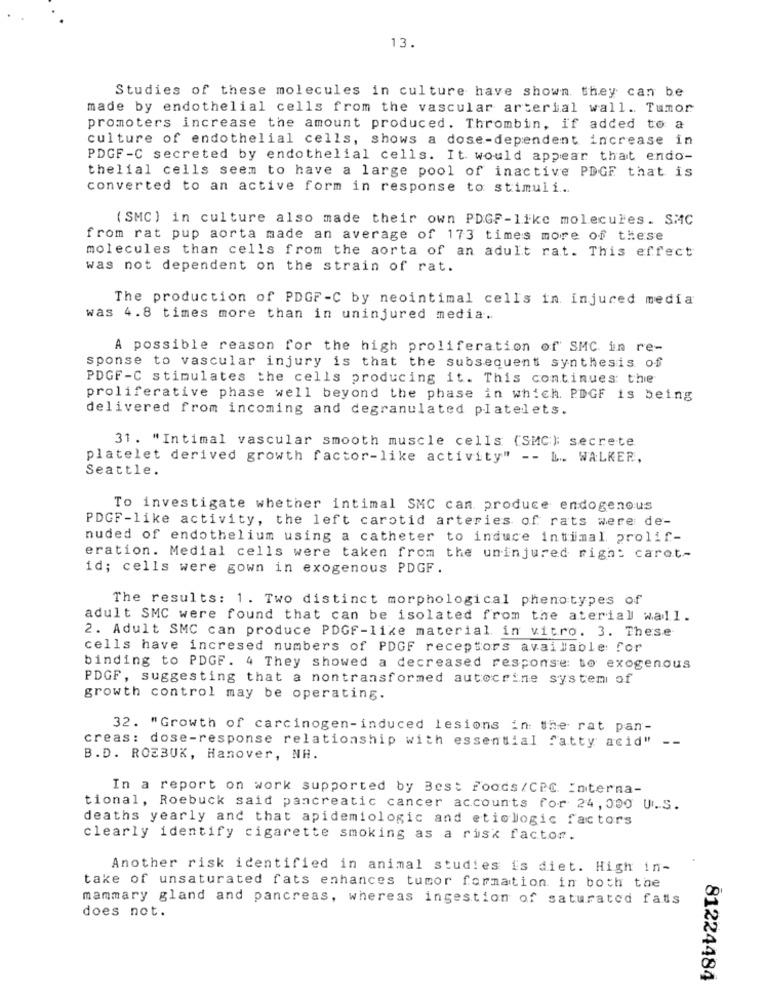
13.
Studies of these molecules in culture have shown they can be
made by endothelial cells from the vascular arterial wall. Tumor
promoters increase the amount produced. Thrombin, if added to a
culture of endothelial cells, shows a dose-dependent increase in
PDGF-C secreted by endothelial cells. It would appear that endo-
thelial cells seem to have a large pool of inactive PDGE that is
converted to an active form in response to stimuli ...
(SMC ) in culture also made their own PDGF-like molecules. SMC
from rat pup aorta made an average of 173 times more of these
molecules than cells from the aorta of an adult rat. This effect
was not dependent on the strain of rat.
The production of PDGF-C by neointimal cells in injured media
was 4.8 times more than in uninjured media.
A possible reason for the high proliferation of SMC in re-
sponse to vascular injury is that the subsequent synthesis of
PDGF-C stimulates the cells producing it. This continues the
proliferative phase well beyond the phase in which. PDGF is being
delivered from incoming and degranulated platelets.
31. "Intimal vascular smooth muscle cells (SMC): secrete
platelet derived growth factor-like activity" -- L. WALKER,
Seattle.
To investigate whether intimal SMC can produce endogenous
PDGF-like activity, the left carotid arteries of rats were de-
nuded of endothelium using a catheter to induce intimal prolif-
eration. Medial cells were taken from the uninjured right caret-
id; cells were gown in exogenous PDGF .
The results: 1. Two distinct morphological phenotypes of
adult SMC were found that can be isolated from the aterial wall.
2. Adult SMC can produce PDGF-like material in vitro. 3. These
cells have incresed numbers of PDGF receptors available for
binding to PDGF. 4 They showed a decreased response to exogenous
PDGF, suggesting that a nontransformed autocrine system of
growth control may be operating.
32. "Growth of carcinogen-induced lesions in the rat pan-
creas: dose-response relationship with essential fatty acid"
B.D. ROEBUK, Hanover, NH.
In a report on work supported by Best Foods/CPC Interna-
tional, Roebuck said pancreatic cancer accounts for 24,000 U.S.
deaths yearly and that apidemiologic and etiologic factors
clearly identify cigarette smoking as a risk factor.
Another risk identified in animal studies is diet. High in-
take of unsaturated fats enhances tumor formation in both the
mammary gland and pancreas, whereas ingestion of saturated fats
does not.
81224484